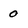
Character: 0